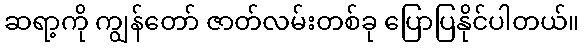
ဆရာ့ကို ကျွန်တော် ဇာတ်လမ်းတစ်ခု ပြောပြနိုင်ပါတယ်။